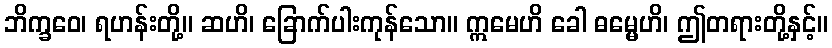
ဘိက္ခဝေ၊ ရဟန်းတို့။ ဆဟိ၊ ခြောက်ပါးကုန်သော။ ဣမေဟိ ခေါ ဓမ္မေဟိ၊ ဤတရားတို့နှင့်။